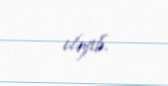
eləyib.